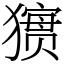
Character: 㺙